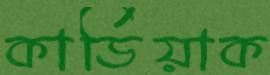
কার্ডিয়াক